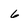
Character: 6